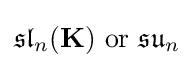
{\mathfrak {sl}}_{n}(\mathbf {K} ){\text{ or }}{\mathfrak {su}}_{n}